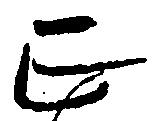
正